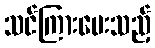
သင်ကြားပေးသည့်